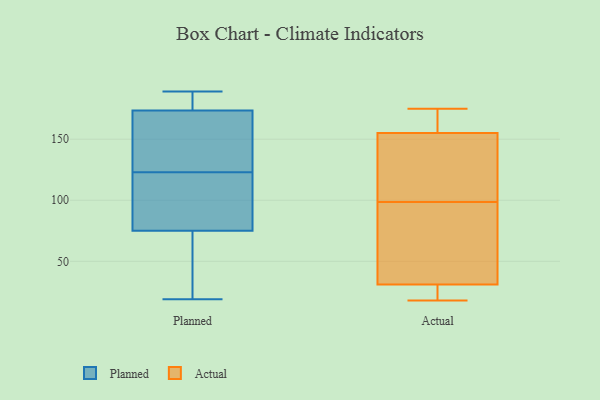
{"axis": {"x": "Population (Million)", "y": "Value"}, "legend": ["Actual", "Planned"], "data": [{"x": "", "y": 189, "type": "Planned"}, {"x": "", "y": 186, "type": "Planned"}, {"x": "", "y": 140, "type": "Planned"}, {"x": "", "y": 62, "type": "Planned"}, {"x": "", "y": 80, "type": "Planned"}, {"x": "", "y": 157, "type": "Planned"}, {"x": "", "y": 75, "type": "Planned"}, {"x": "", "y": 178, "type": "Planned"}, {"x": "", "y": 75, "type": "Planned"}, {"x": "", "y": 122, "type": "Planned"}, {"x": "", "y": 70, "type": "Planned"}, {"x": "", "y": 187, "type": "Planned"}, {"x": "", "y": 19, "type": "Planned"}, {"x": "", "y": 169, "type": "Planned"}, {"x": "", "y": 99, "type": "Planned"}, {"x": "", "y": 175, "type": "Planned"}, {"x": "", "y": 169, "type": "Planned"}, {"x": "", "y": 123, "type": "Planned"}, {"x": "", "y": 49, "type": "Planned"}, {"x": "", "y": 138, "type": "Actual"}, {"x": "", "y": 31, "type": "Actual"}, {"x": "", "y": 85, "type": "Actual"}, {"x": "", "y": 94, "type": "Actual"}, {"x": "", "y": 23, "type": "Actual"}, {"x": "", "y": 175, "type": "Actual"}, {"x": "", "y": 170, "type": "Actual"}, {"x": "", "y": 103, "type": "Actual"}, {"x": "", "y": 18, "type": "Actual"}, {"x": "", "y": 155, "type": "Actual"}]}